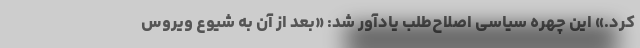
کرد.» این چهره سیاسی اصلاح‌طلب یادآور شد: «بعد از آن به شیوع ویروس